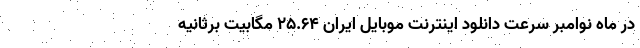
در ماه نوامبر سرعت دانلود اینترنت موبایل ایران ۲۵.۶۴ مگابیت برثانیه